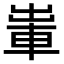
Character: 𨋡